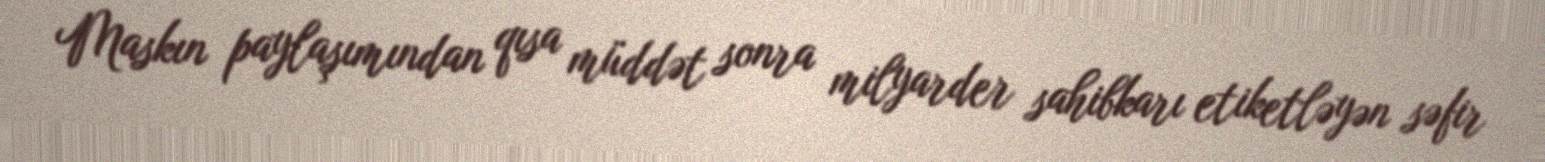
Maskın paylaşımından qısa müddət sonra milyarder sahibkarı etiketləyən səfir